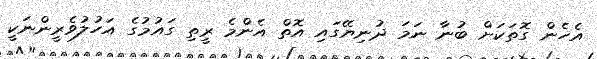
އެހެން ގޮތަކަށް ބުނާ ނަމަ ދުނިޔޭގައި އޮތް އެންމެ ރީތި ގައުމުގެ އަހުލުވެރީންނަކީ